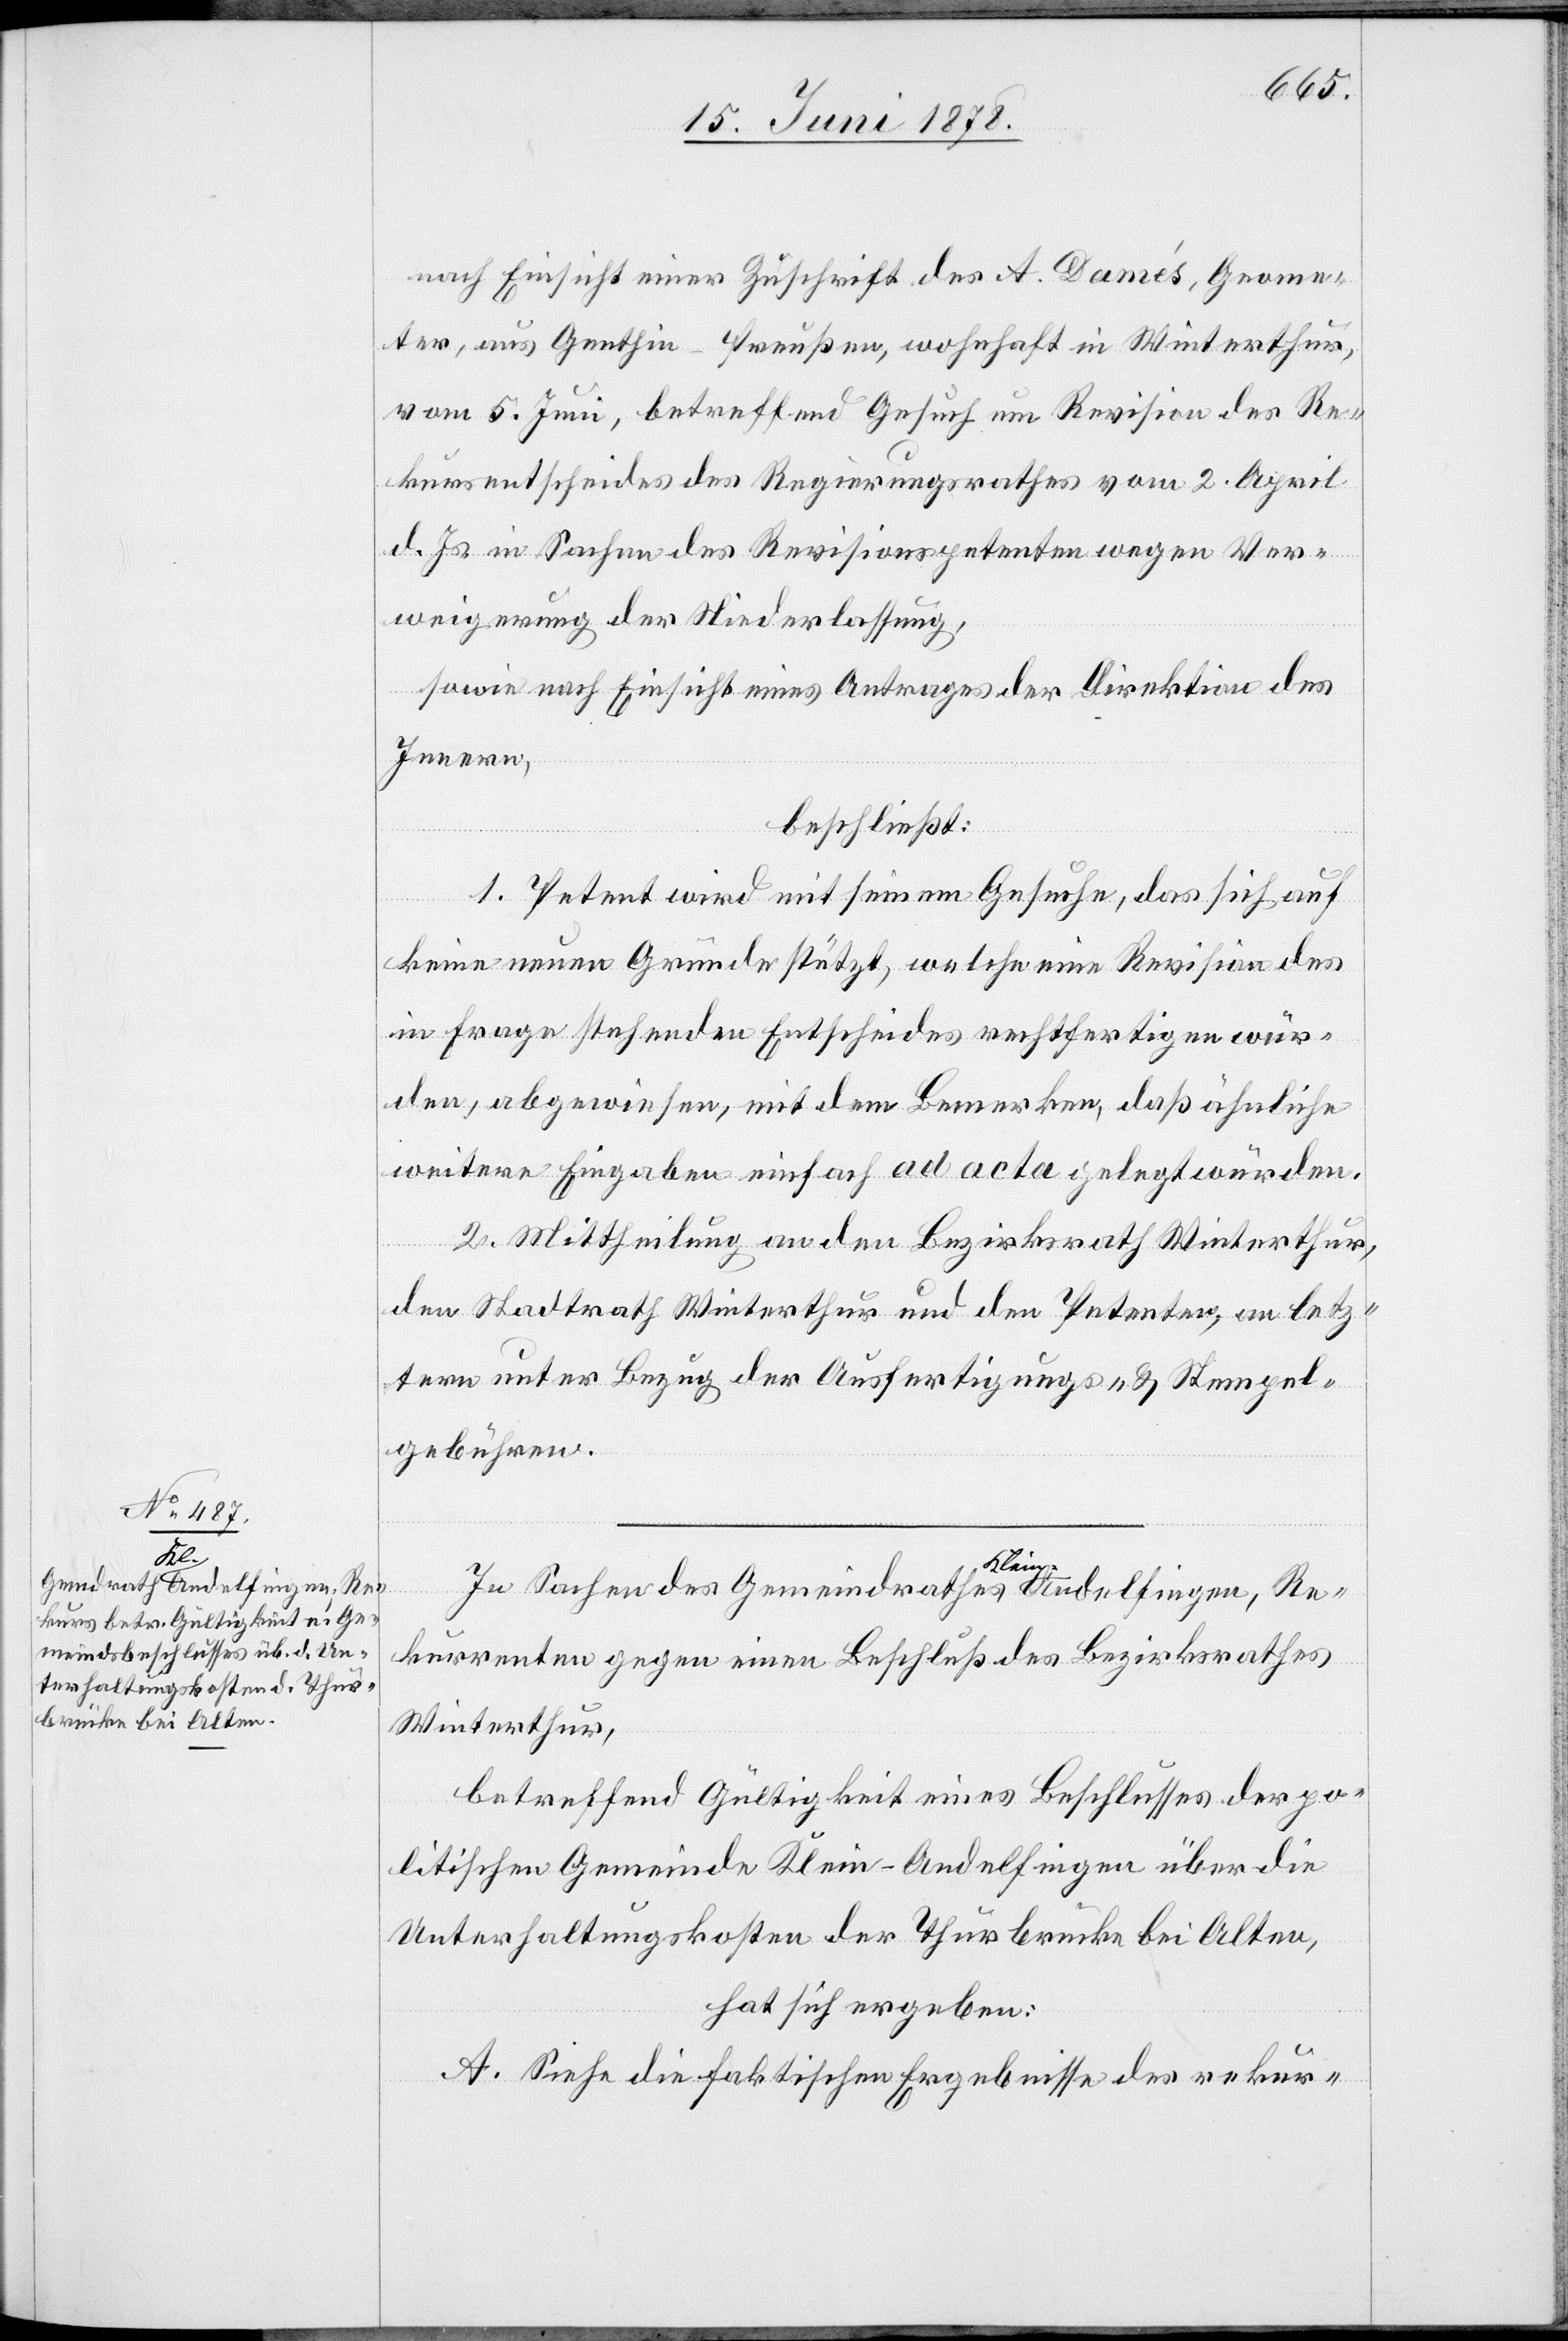
nach Einsicht einer Zuschrift des A. Damés, Geome¬
ter, aus Genthin - Preußen, wohnhaft in Winterthur,
vom 5. Juni, betreffend Gesuch um Revision des Re¬
kursentscheides des Regierungsrathes vom 2. April
d. Js. in Sachen des Revisionspetenten wegen Ver¬
weigerung der Niederlassung,
sowie nach Einsicht eines Antrages der Direktion des
Innern,
beschließt:
1. Petent wird mit seinem Gesuche, das sich auf
keine neuen Gründe stützt, welche eine Revision des
in Frage stehenden Entscheides rechtfertigen wür¬
den, abgewiesen, mit dem Bemerken, daß ähnliche
weitere Eingaben einfach ad acta gelegt würden.
2. Mittheilung an den Bezirksrath Winterthur,
den Stadtrath Winterthur und den Petenten, an letz¬
tern unter Bezug der Ausfertigungs- & Stempel¬
gebühren.
In Sachen des Gemeindrathes Klein-Andelfingen, Re¬
kurrenten gegen einen Beschluß des Bezirksrathes
Winterthur,
betreffend Gültigkeit eines Beschlusses der po¬
litischen Gemeinde Klein-Andelfingen über die
Unterhaltungskosten der Thurbrücke bei Alten,
hat sich ergeben:
A. Siehe die faktischen Ergebnisse des rekur-